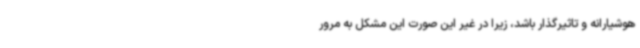
هوشیارانه و تاثیرگذار باشد، زیرا در غیر این صورت این مشکل به مرور